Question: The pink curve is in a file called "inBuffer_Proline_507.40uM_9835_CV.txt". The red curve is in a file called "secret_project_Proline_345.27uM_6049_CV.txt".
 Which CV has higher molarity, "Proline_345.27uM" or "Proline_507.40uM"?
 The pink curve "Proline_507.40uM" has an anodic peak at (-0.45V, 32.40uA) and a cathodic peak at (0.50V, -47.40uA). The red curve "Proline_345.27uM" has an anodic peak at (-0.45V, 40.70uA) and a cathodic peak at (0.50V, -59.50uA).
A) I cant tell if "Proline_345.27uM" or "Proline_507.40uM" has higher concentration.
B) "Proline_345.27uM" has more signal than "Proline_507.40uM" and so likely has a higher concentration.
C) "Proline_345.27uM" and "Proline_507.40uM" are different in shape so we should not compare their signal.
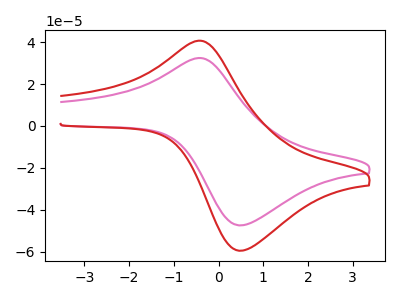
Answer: <think>All the peaks in "Proline_345.27uM" have a peak in "Proline_507.40uM" at the same potential. Every peak in "Proline_345.27uM" is higher than every peak in "Proline_507.40uM".
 </think>
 <answer>B) "Proline_345.27uM" has more signal than "Proline_507.40uM" and so likely has a higher concentration.</answer>
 <eval>B</eval>